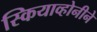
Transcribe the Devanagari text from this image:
स्कियाव्होनीने